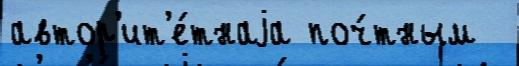
автор'ит'е́тнаjа поч́тным